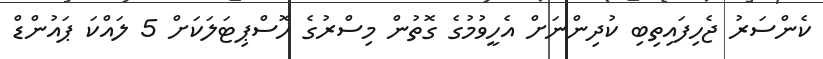
ކެންސަރު ޖެހިފައިތިބި ކުދިންނަށް އެހީވުމުގެ ގޮތުން މިސްރުގެ ހޮސްޕިޓަލަކަށް 5 ލައްކަ ޕައުންޑް